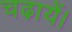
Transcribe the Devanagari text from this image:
चढ़ायें।